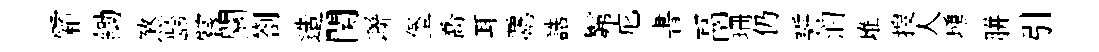
霜鋤煞龄嘗關劄造関聯堡喬耳覊誥髴庀書鬲珊仍誓润堆搜人壎胼引